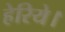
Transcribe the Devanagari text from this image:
हेरिये।